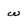
Character: w